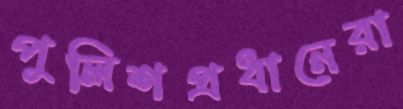
পুলিশপ্রধানেরা